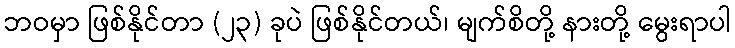
ဘဝမှာ ဖြစ်နိုင်တာ (၂၃) ခုပဲ ဖြစ်နိုင်တယ်၊ မျက်စိတို့ နားတို့ မွေးရာပါ